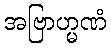
အဗြာဟ္မဏံ